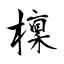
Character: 檁